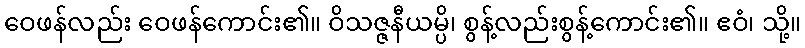
ဝေဖန်လည်း ဝေဖန်ကောင်း၏။ ဝိသဇ္ဇနီယမ္ပိ၊ စွန့်လည်းစွန့်ကောင်း၏။ ဧဝံ၊ သို့။